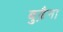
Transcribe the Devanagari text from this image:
बुढ़ैना